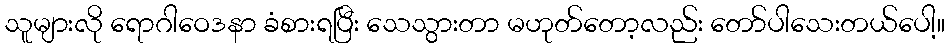
သူများလို ရောဂါဝေဒနာ ခံစားရပြီး သေသွားတာ မဟုတ်တော့လည်း တော်ပါသေးတယ်ပေါ့။